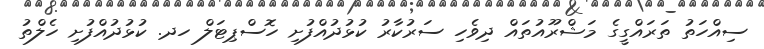
ސިއްހަތު ތަރައްގީގެ މަޝްރޫއުތައް ދިވެހި ސަރުކާރު ކުޅުދުއްފުށި ހޮސްޕިޓަލް ހދ. ކުޅުދުއްފުށި ހެލްތު